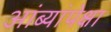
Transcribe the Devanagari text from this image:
आंब्यांपेक्षा